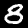
Digit: 8